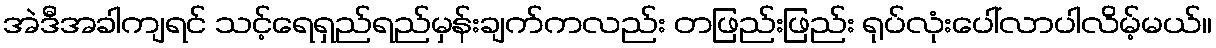
အဲဒီအခါကျရင် သင့်ရေရှည်ရည်မှန်းချက်ကလည်း တဖြည်းဖြည်း ရုပ်လုံးပေါ်လာပါလိမ့်မယ်။